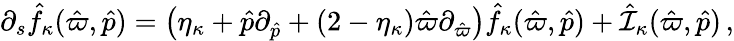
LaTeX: \partial_{s}\hat{f}_{\kappa}(\hat{\varpi},\hat{p})=\big(\eta_{\kappa}+\hat{p}\partial_{\hat{p}}+(2-\eta_{\kappa})\hat{\varpi}\partial_{\hat{\varpi}}\big)\hat{f}_{\kappa}(\hat{\varpi},\hat{p})+\hat{{\cal I}}_{\kappa}(\hat{\varpi},\hat{p})\, ,